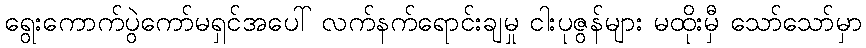
ရွေးကောက်ပွဲကော်မရှင်အပေါ် လက်နက်ရောင်းချမှု ငါးပုဇွန်များ မထိုးမှီ သော်သော်မှာ